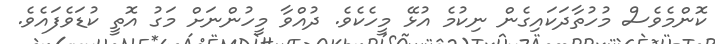
ކޮންމެވެސް މުހުތާދަކައިގެން ނިކުމެ އުޅޭ މީހެކެވެ. ދުއްވާ މީހުންނަށް މަގު އޮތީ ކުޑަވެފައެވެ.